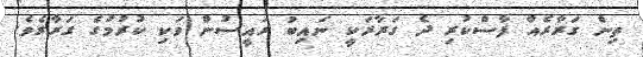
ތިން ގަރާރެއް ފާސްކުރި ދެ ގަރާރަކީ ނައިބު ރައީސުން ވަކި ކުރުމުގެ ގަރާރެވެ.